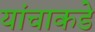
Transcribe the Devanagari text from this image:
यांचाकडे